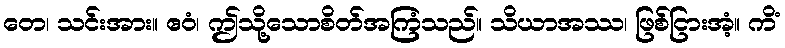
တေ၊ သင်းအား။ ဧဝံ၊ ဤသို့သောစိတ်အကြံသည်။ သိယာအဿ၊ ဖြစ်ငြားအံ့။ ကိံ